Report on malaria in the Punjab during the year ...  together with an account of the work of the Punjab Malaria Bureau - Volume 6
Disease focus: Malaria
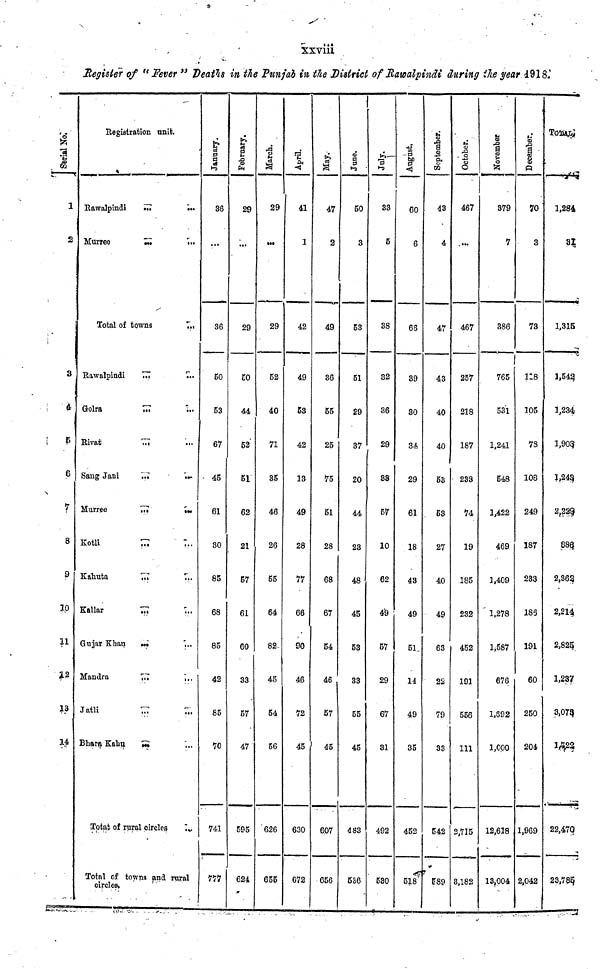
xxviii
Register of " Fever " Death in the Punjab in the District of Rawalpindi during the year 1918
Serial No
1
2
3
4
5
6
7
8
9
10
11
12
13
14
Registration unit.
Rawalpindi
Murree
...
...
Total of towns
Rawalpindi
Golra
Rivat
Sang Jani
Murree
Kotli
Kahuta
Kallar
Gujar Khan
Mandra
Jatli
Bhara Kahu
...
...
...
...
...
...
...
...
...
...
...
...
Total of rural circles
...
...
...
...
...
...
...
...
...
...
...
...
...
...
...
...
Total of towns and rural
circles
January.
36
...
36
50
53
67
45
61
30
85
68
85
42
85
70
741
777
February
29
...
29
50
44
52
51
62
21
57
61
60
33
57
47
595
624
March.
29
...
29
52
40
71
35
46
26
55
64
82
45
54
56
626
655
April.
41
1
42
49
53
42
13
49
28
77
66
90
46
72
45
630
672
May.
47
2
49
36
55
25
75
61
28
68
67
54
46
57
45
607
656
June.
50
3
53
51
29
37
20
44
23
48
45
53
33
55
45
483
536
July.
33
5
38
32
36
29
33
57
10
62
49
57
29
67
31
492
530
August
60
6
66
39
30
34
29
61
18
43
49
51
14
49
35
452
518
September
43
4
47
43
40
40
53
53
27
40
49
63
22
79
33
542
589
October.
467
...
467
257
218
187
233
74
19
185
232
452
191
556
111
2,715
3,182
November
379
7
386
765
531
1,241
548
1,422
469
1,409
1,278
1,587
676
1,692
1,000
12,618
13,004
December
70
3
73
118
105
78
108
249
187
233
186
191
60
250
204
1,969
2,042
TOTAL.
1,284
31
1,315
1,542
1,234
1,903
1,243
2,229
886
2,362
2,214
2,825
1,237
3,073
1,722
22,470
23,785